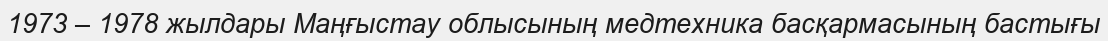
1973 – 1978 жылдары Маңғыстау облысының медтехника басқармасының бастығы